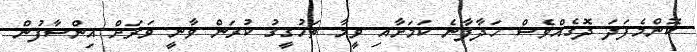
ކޮންމެފަދަ ދޮގެއްވެސް ހަދާފާނެ ކަމަށާއި ވީމާ ތަހުގީގު ކުރަން ވާނީ ވަރަށް އިންސާފުން